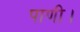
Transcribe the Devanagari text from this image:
पाणी।